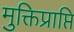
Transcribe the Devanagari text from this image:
मुक्तिप्राप्ति